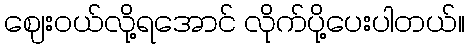
ဈေးဝယ်လို့ရအောင် လိုက်ပို့ပေးပါတယ်။